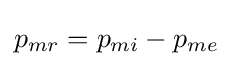
p_{mr}=p_{mi}-p_{me}